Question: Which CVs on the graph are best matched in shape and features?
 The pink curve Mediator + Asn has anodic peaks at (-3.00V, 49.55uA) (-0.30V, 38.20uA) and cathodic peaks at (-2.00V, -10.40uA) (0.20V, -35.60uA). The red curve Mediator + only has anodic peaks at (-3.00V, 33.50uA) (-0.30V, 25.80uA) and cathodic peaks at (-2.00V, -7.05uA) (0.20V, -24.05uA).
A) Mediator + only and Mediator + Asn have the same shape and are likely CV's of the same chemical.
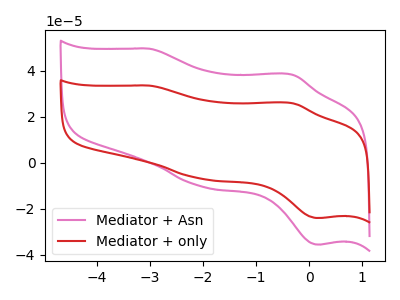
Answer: <think>All the peaks in "Mediator + Asn" have a peak in "Mediator + only" at the same potential. Every peak in "Mediator + Asn" is higher than every peak in "Mediator + only".
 </think>
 <answer>A) "Mediator + only" and "Mediator + Asn" have the same shape and are likely CV's of the same chemical.</answer>
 <eval>A</eval>